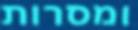
ומסרות